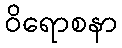
ဝိရောစနာ